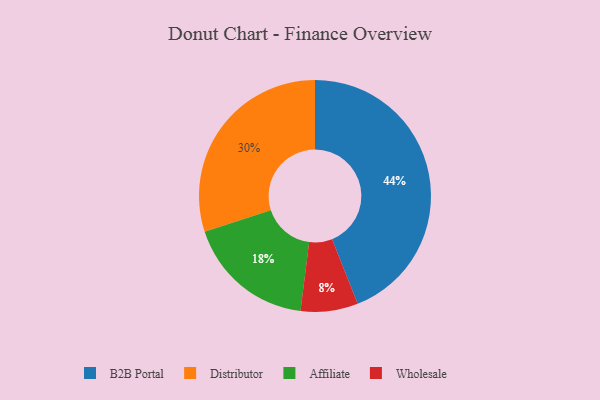
{"axis": {"x": "Category", "y": "Percentage"}, "legend": ["Affiliate", "B2B Portal", "Distributor", "Wholesale"], "data": [{"x": "Affiliate", "y": 18, "type": "Affiliate"}, {"x": "B2B Portal", "y": 44, "type": "B2B Portal"}, {"x": "Wholesale", "y": 8, "type": "Wholesale"}, {"x": "Distributor", "y": 30, "type": "Distributor"}]}